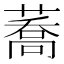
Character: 蕎